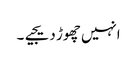
انہیں چھوڑ دیجیے۔